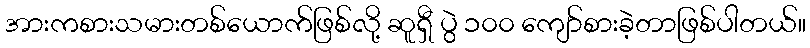
အားကစားသမားတစ်ယောက်ဖြစ်လို့ ဆူရှီ ပွဲ ၁၀၀ ကျော်စားခဲ့တာဖြစ်ပါတယ်။